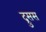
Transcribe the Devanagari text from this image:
द्रुसस